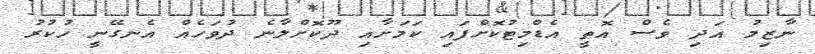
ނާޒިމު އަދި ވެސް އޮތީ އެޑްމިޓުކޮށްފައި ކަމަށާއި ދޫކޮށްލާނެ ދުވަހެއް އެނގޭނީ ހުކުރު